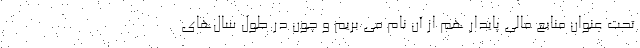
تحت عنوان منابع مالی پایدار هم از آن نام می بریم و چون در طول سال‌های